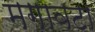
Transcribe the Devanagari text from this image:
मगावटा